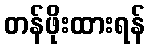
တန်ဖိုးထားရန်